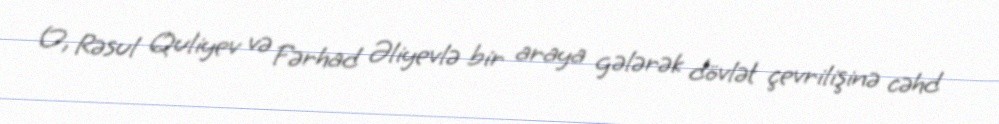
O, Rəsul Quliyev və Fərhad Əliyevlə bir araya gələrək dövlət çevrilişinə cəhd